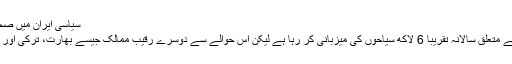
سیاسی ایران میں صحت سے متعلق سالانہ 6 لاکھ سیاحوں کی آمد
تہران، ارنا- اسلامی جمہوریہ ایران صحت سے متعلق سالانہ تقریبا 6 لاکھ سیاحوں کی میزبانی کر رہا ہے لیکن اس حوالے سے دوسرے رقیب ممالک جیسے بھارت، ترکی اور تھائی لینڈ کی کارکردگی ایران سے بہتر ہے۔